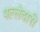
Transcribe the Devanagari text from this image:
पल्लेदारी